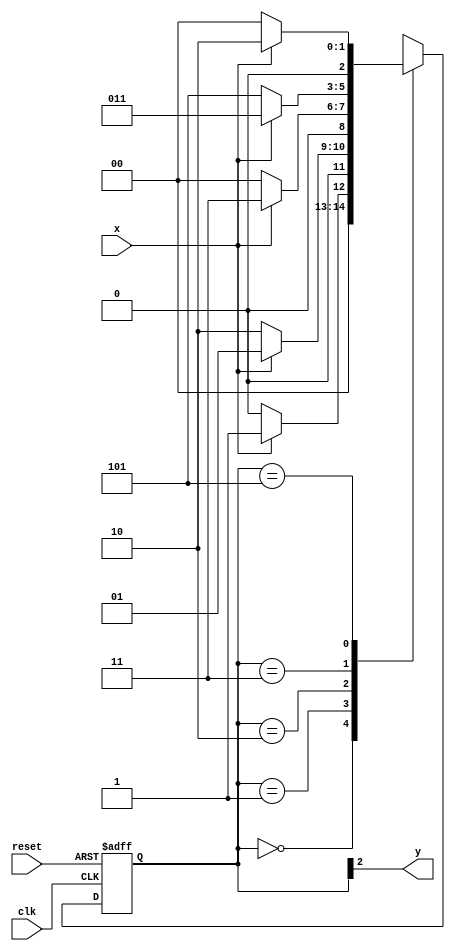
// ------------------------------------
// Nome: Patrick Flvio Teixeira Coura
// -------------------------------------

// -------------- 
// --- Moore FSM 
// -------------- 

// constant definition 
`define found 1 
`define notfound 0 
// FSM by Moore 
module moore1010 ( y, x, clk, reset ); 
output y; 
input x; 
input clk; 
input reset; 
reg y; 

parameter // state identifiers 

start = 3'b000, 
id1 = 3'b001, 
id10 = 3'b010, 
id101 = 3'b011, 
id1010 = 3'b101; // signal found 

reg [2:0] E1; // current state variables 
reg [2:0] E2; // next state logic output 
// next state logic 
always @( x or E1 ) 
	begin 
		case( E1 ) 
			start: 
				if ( x ) 
					E2 = id1; 
				else 
					E2 = start; 
	id1: 
		if ( x ) 
			E2 = id1; 
		else 
		E2 = id10; 
	id10: 
		if ( x ) 
			E2 = id101; 
		else 
			E2 = start; 
	id101: 
		if ( x ) 
			E2 = id101; 
		else 
			E2 = id1010; 
	id1010: 
		if ( x ) 
			E2 = id10; 
		else 
			E2 = start;			 
default: // undefined statee 
E2 = 3'bxxx; 
endcase 
end // always at signal or state changing 

// state variables 
always @( posedge clk or negedge reset ) 
begin 
if ( reset ) 
E1 = E2; // updates current state 
else 
E1 = 0; // reset 
end // always at signal changing 

// output logic 
always @( E1 ) 
begin 
y = E1[2]; // first bit of state value 
end // always at state changing 
endmodule // moore1010